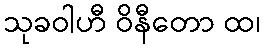
သုခဝါဟီ ဝိနီတော ထ၊